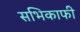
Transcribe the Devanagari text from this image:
सभिकाफी